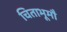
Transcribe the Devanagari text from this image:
चिताभूमौ